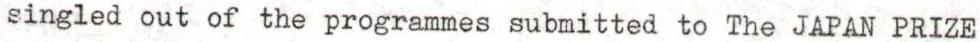
singled out of the programmes submitted to The JAPAN PRIZE